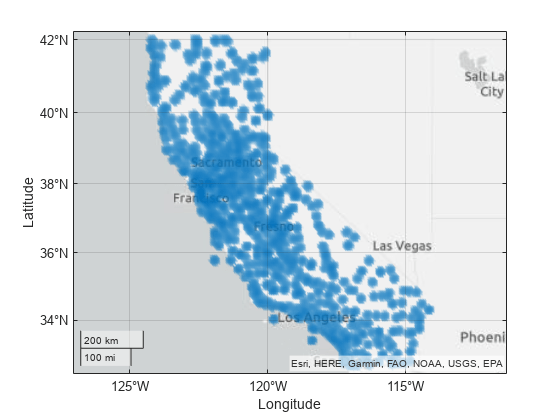
matlab, geodensityplot